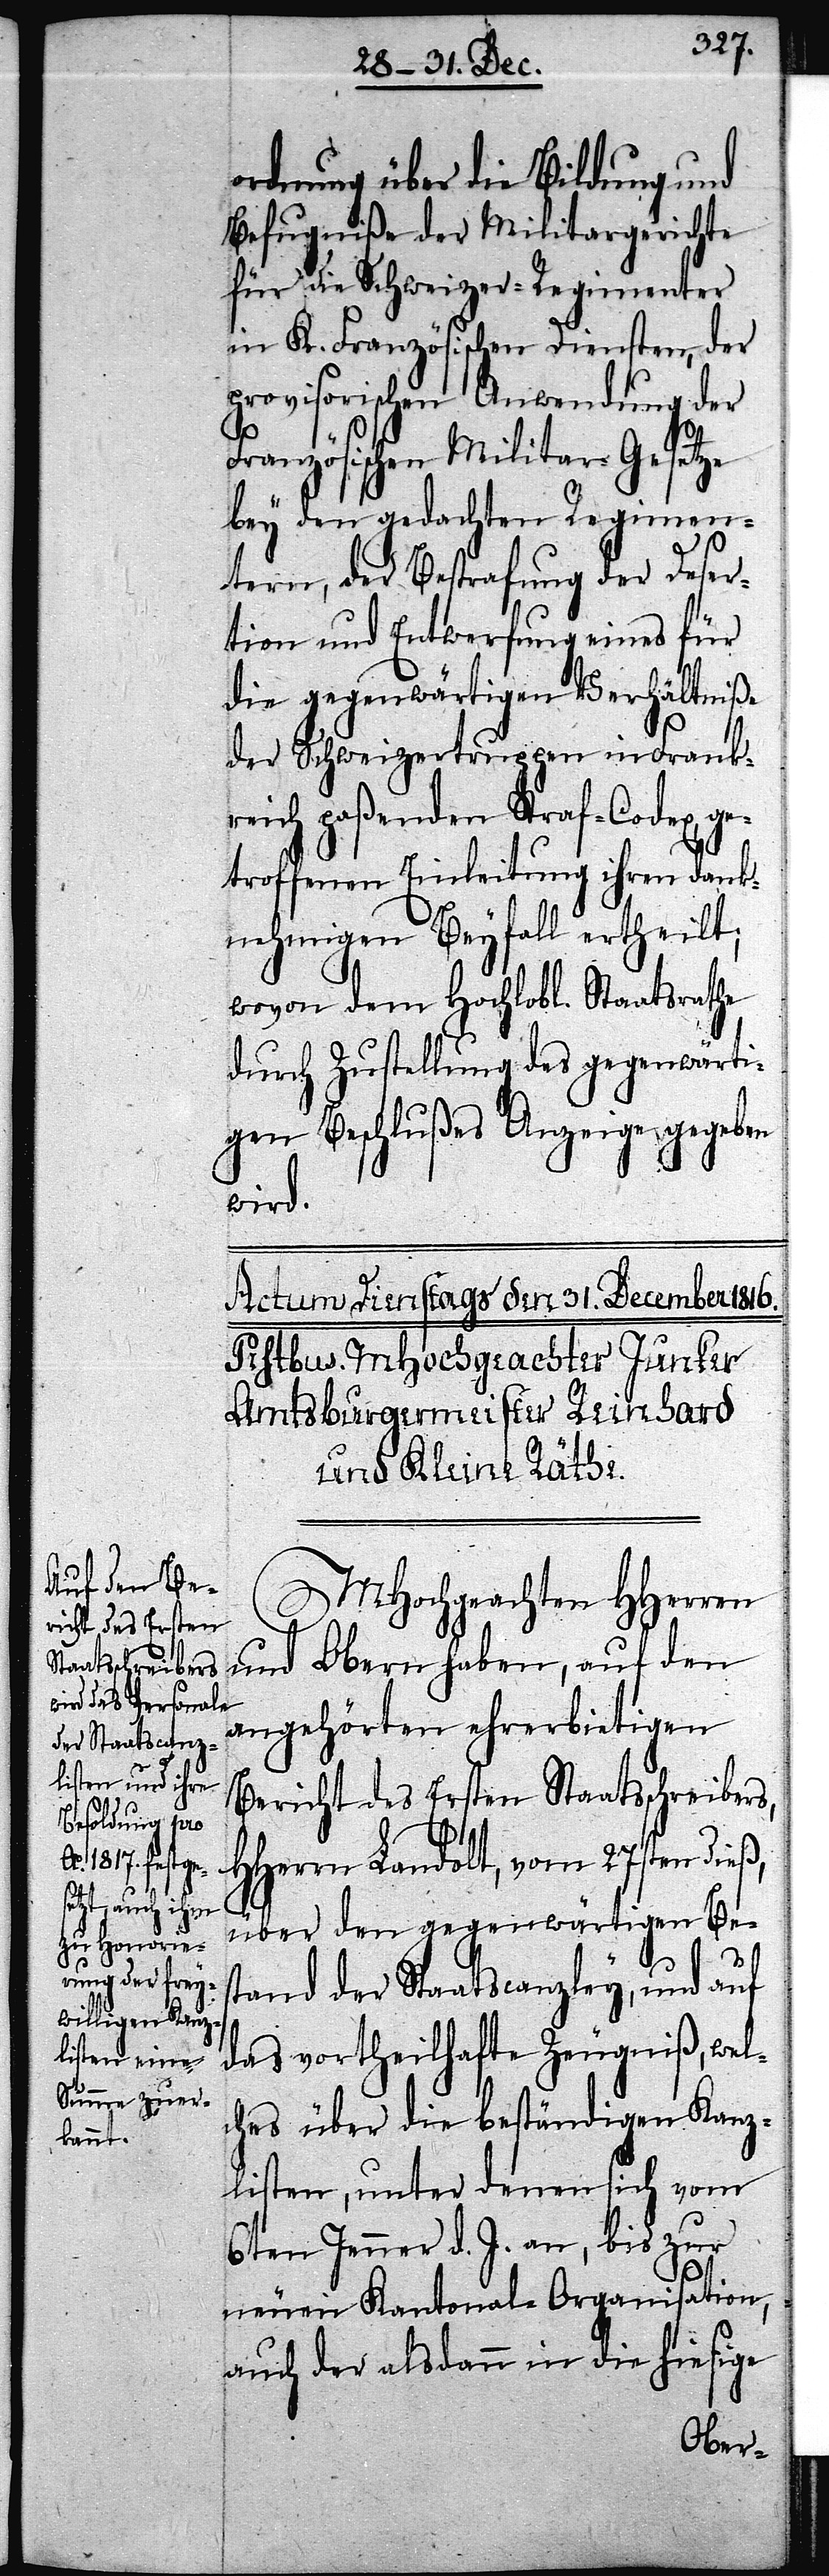
ordnung über die Bildung und
Befugniße der Militargerichte
für die Schweizer-Regimenter
in K. Französischen Diensten, der
provisorischen Militar-Gesetze
bey den gedachten Regimen¬
tern, der Bestrafung der Deser¬
tion und Entwerfung eines für
die gegenwärtigen Verhältniße
der Schweizertruppen in Frank¬
reich paßenden Straf-Codex, ge¬
troffenen Einleitung ihren dank¬
nehmigen Beyfall ertheilt;
wovon dem Hochlobl. Staatsrathe
durch Zustellung des gegenwärti¬
gen Beschlußes Anzeige gegeben
wird.